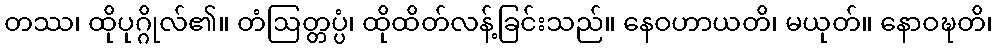
တဿ၊ ထိုပုဂ္ဂိုလ်၏။ တံဩတ္တပ္ပံ၊ ထိုထိတ်လန့်ခြင်းသည်။ နေဝဟာယတိ၊ မယုတ်။ နောဝဍ္ဎတိ၊